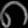
Digit: ၈